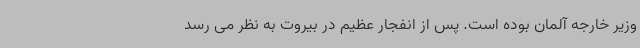
وزیر خارجه آلمان بوده است. پس از انفجار عظیم در بیروت به نظر می رسد